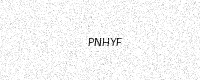
Text: PNHYF